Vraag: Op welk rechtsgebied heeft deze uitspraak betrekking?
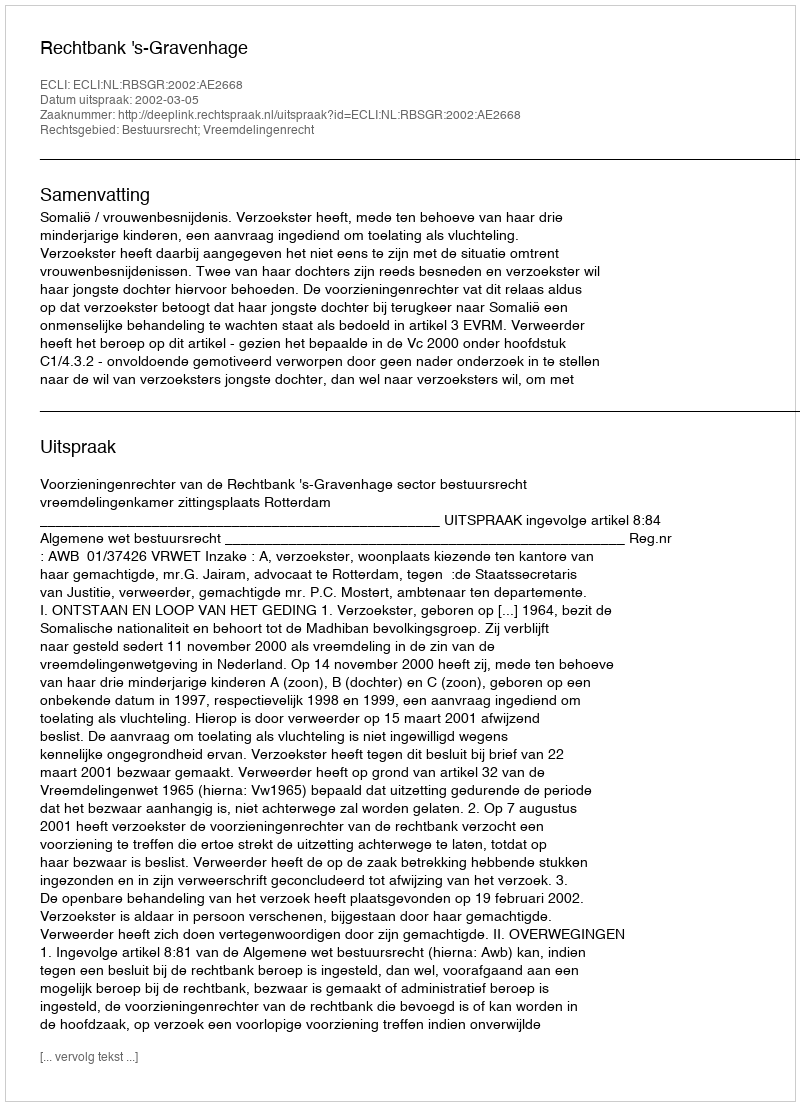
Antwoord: Bestuursrecht; Vreemdelingenrecht